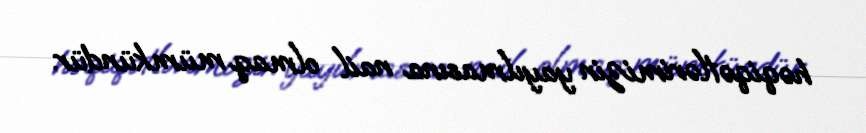
həqiqətlərimizin yayılmasına nail olmaq mümkündür.